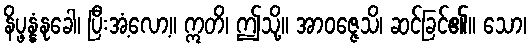
နိပ္ဖန္နံနုခေါ၊ ပြီးအံ့လော့။ ဣတိ၊ ဤသို့။ အာဝဇ္ဇေသိ၊ ဆင်ခြင်၏။ သော၊